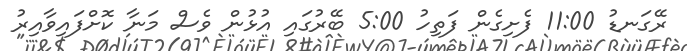
ރޭގަނޑު 11:00 ފެށިގެން ފަތިހު 5:00 ބޭރުގައި އުޅުން ވެސް މަނާ ކޮށްފައިވާއިރު